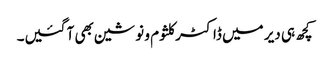
کچھ ہی دیر میں ڈاکٹر کلثوم و نوشین بھی آ گئیں۔